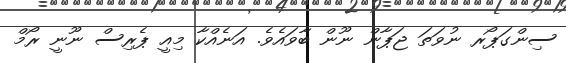
ސިންގަޕޯރ ނުވަތަ ޖަޕާން ނޫން ބާވައެވެ. އަނެއްކާ މިއީ ޕެރިސް ނޫނީ ރޯމް